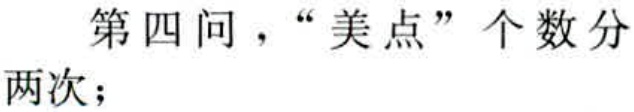
第四问，“美点”个数分两次；